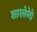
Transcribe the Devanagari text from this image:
शारलेमेग्ने